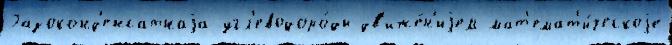
Газоконд'енсатнаjа угл'еводоро́ды дв'иже́н'иjем мат'емат'и́ческоjе